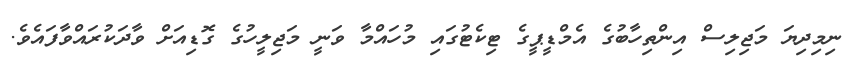
ނިމިދިޔަ މަޖިލިސް އިންތިހާބުގެ އެމްޑީޕީގެ ޓިކެޓުގައި މުހައްމާ ވަނީ މަޖިލީހުގެ ގޮޑިއަށް ވާދަކުރައްވާފައެވެ.